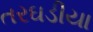
તરઘડીયા